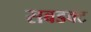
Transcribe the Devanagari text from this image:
सबडक्ट